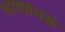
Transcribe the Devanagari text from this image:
धारासभओं